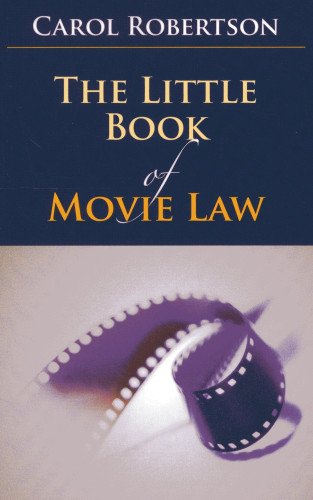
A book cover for The Little Book of Movie Law (ABA Little Books Series); Carol Robertson; Law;